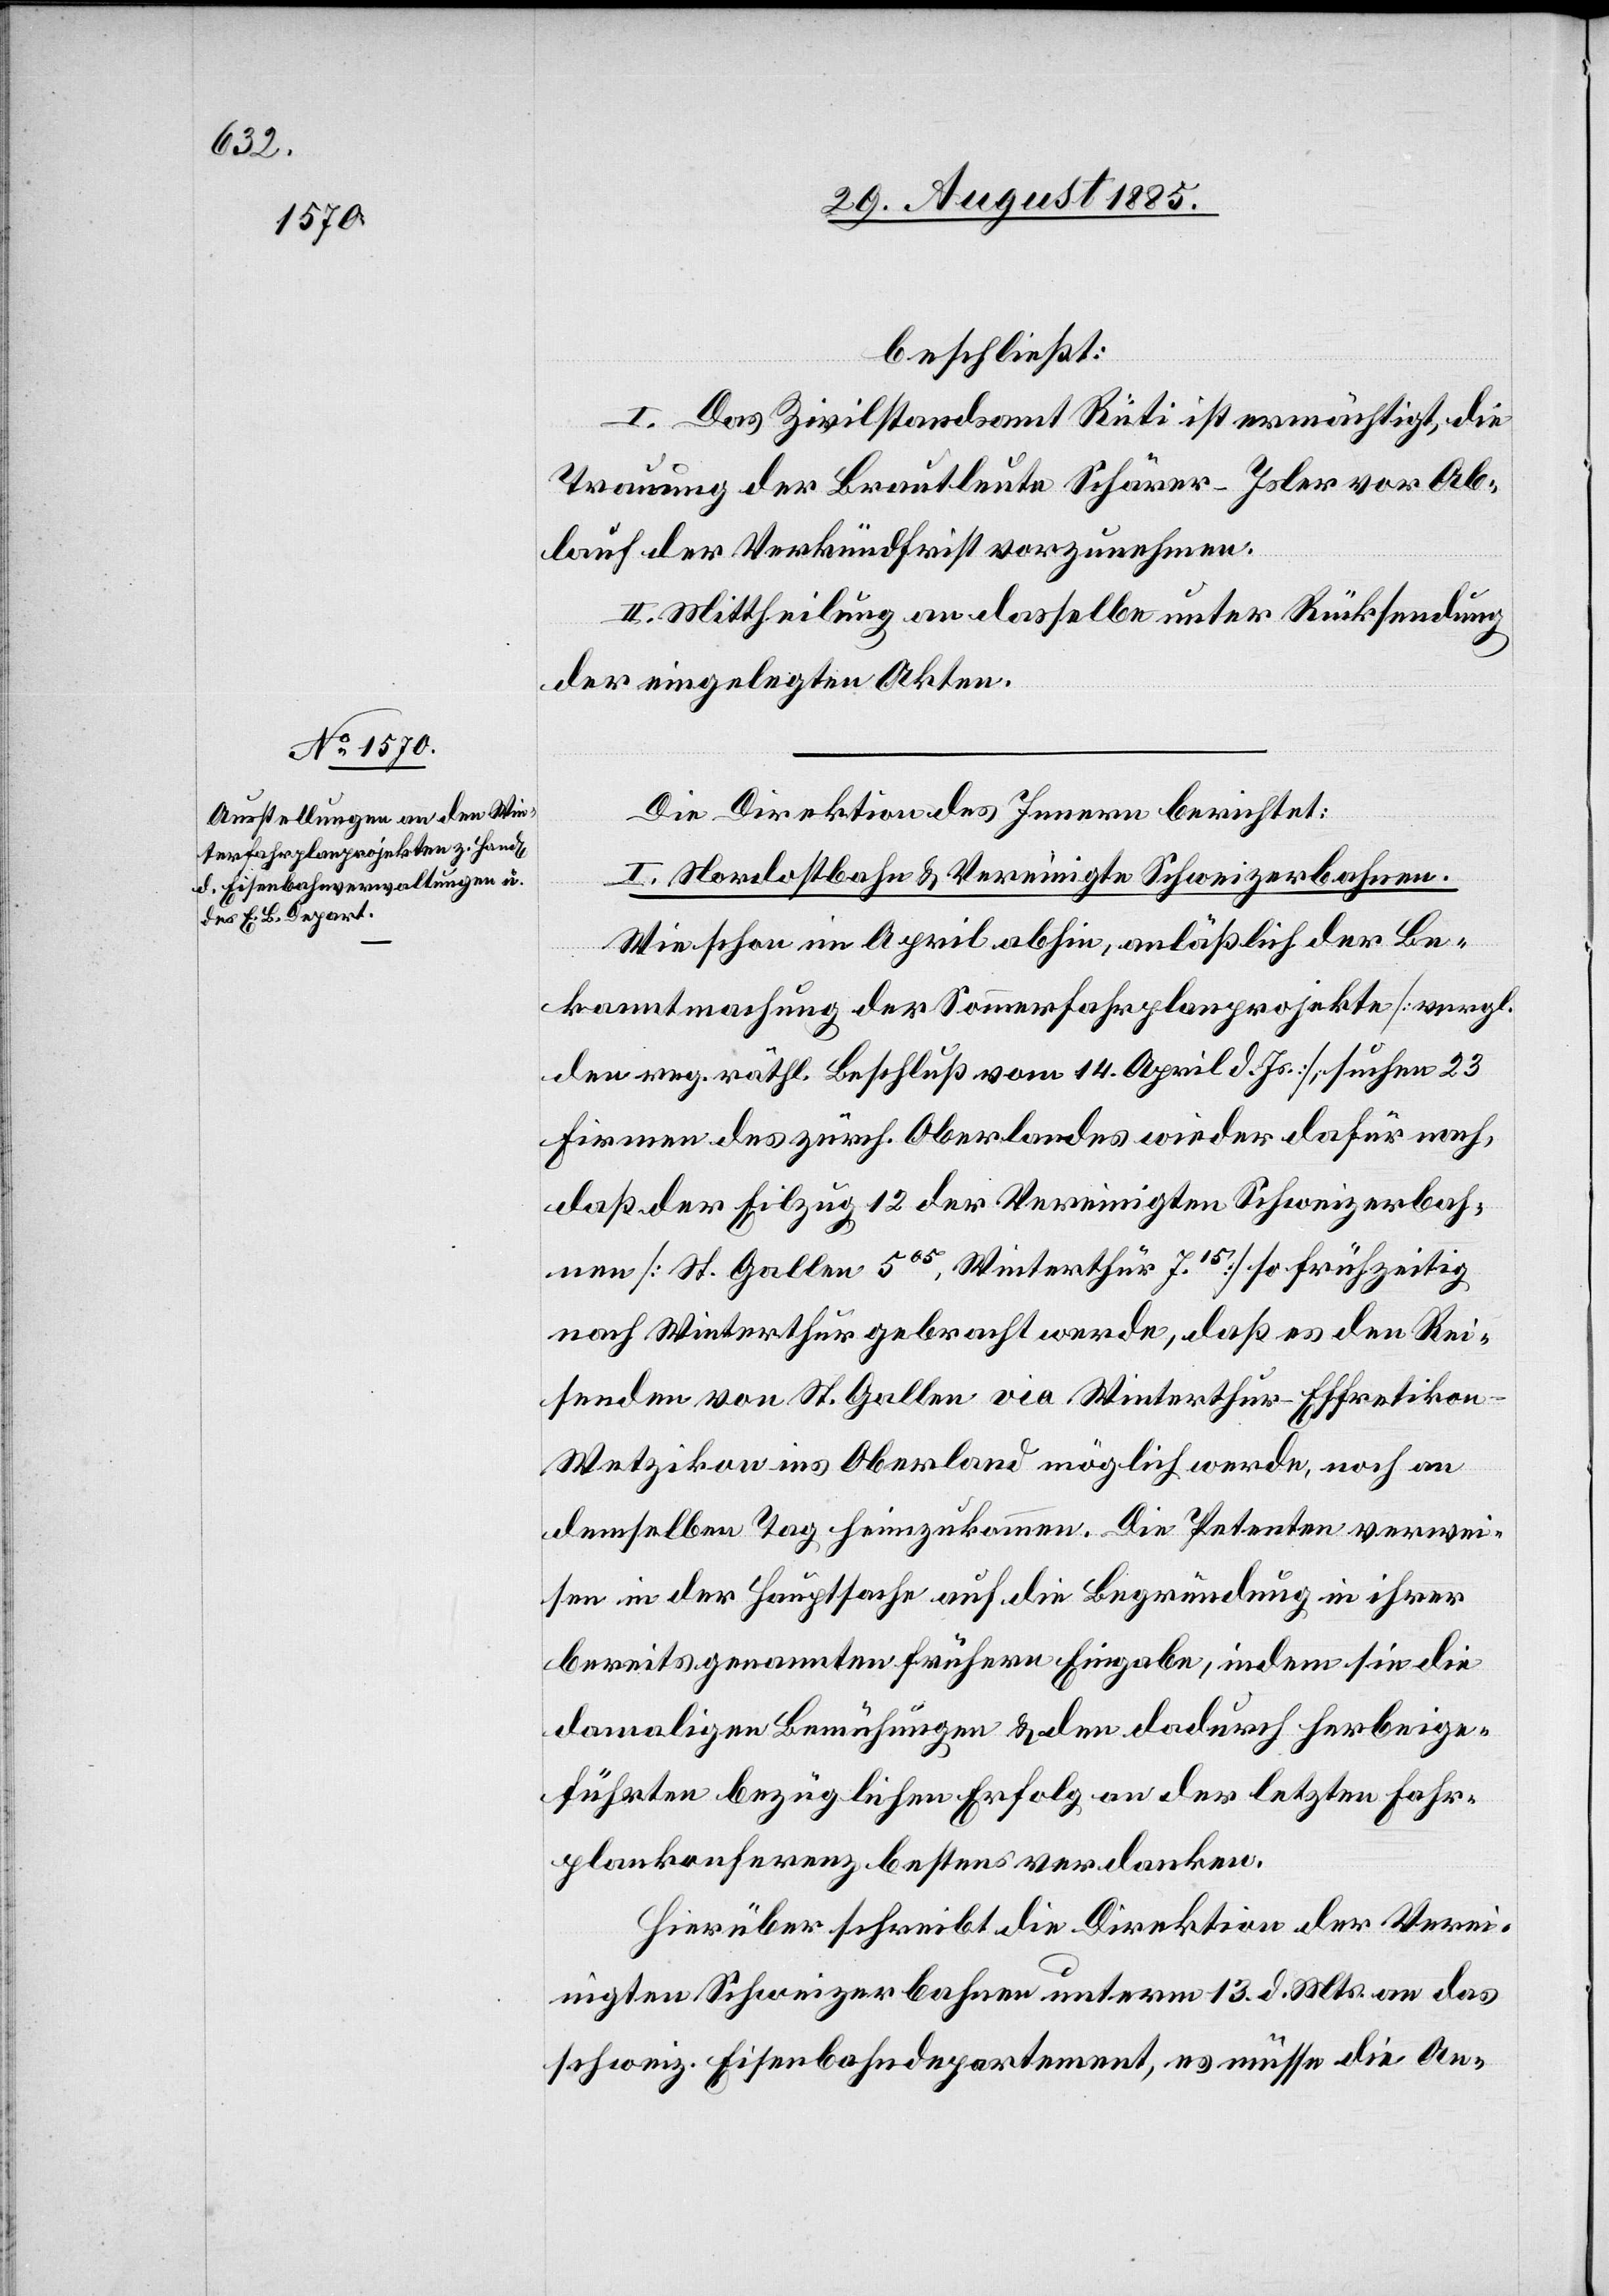
beschließt:
I. Das Zivilstandsamt Rüti ist ermächtigt, die
Trauung der Brautleute Schärer-Isler vor Ab¬
lauf der Verkündfrist vorzunehmen.
II. Mittheilung an dasselbe unter Rücksendung
der eingelegten Akten.